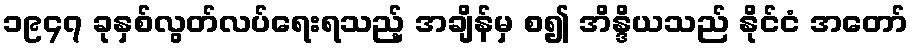
၁၉၄၇ ခုနှစ်လွတ်လပ်ရေးရသည့် အချိန်မှ စ၍ အိန္ဒိယသည် နိုင်ငံ အတော်